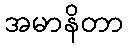
အမာနိတာ